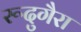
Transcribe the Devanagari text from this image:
रूदुगैरा